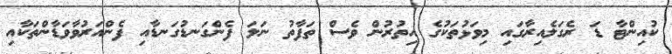
ކުއިންޓާ ޑަ ރެގަލެއިރާގައި މިވަޅުތަކުގެ އިތުރުން ވެސް ތަފާތު ނަލަ ފެންގަނޑުގަނޑާއި ފެންއަރުވާވަޑާންތަކާއި